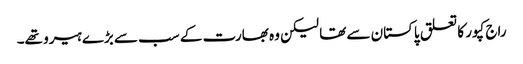
راج کپور کا تعلق پاکستان سے تھا لیکن وہ بھارت کے سب سے بڑے ہیرو تھے۔